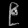
Digit: ၉